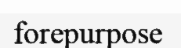
forepurpose